Report on vaccination in Madras 1877-1894 - 1877-1894
Year: 1877
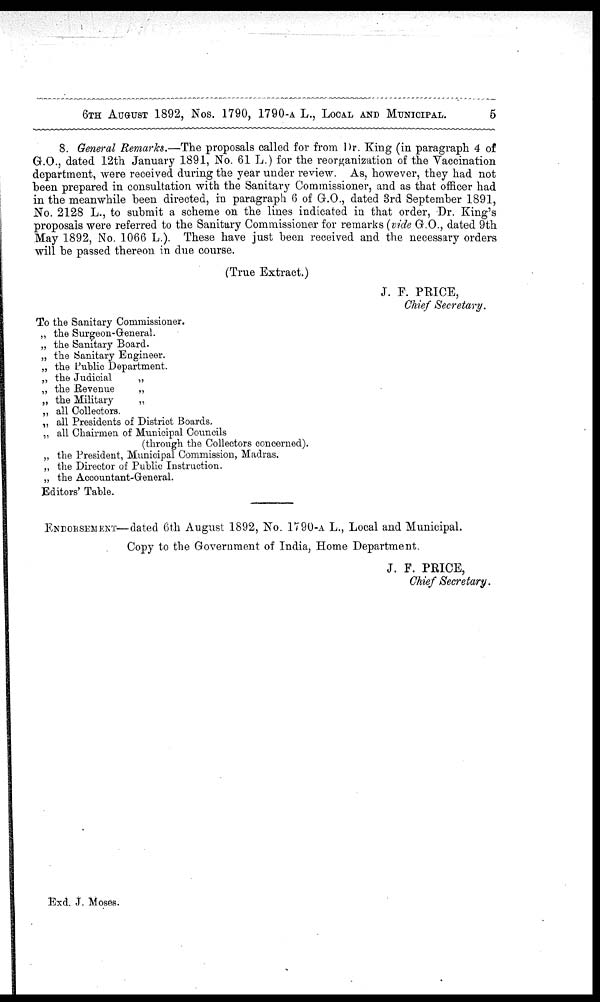
6TH AUGUST 1892, Nos. 1790, 1790-A L., LOCAL AND MUNICIPAL.
5
8. General Remarks.—The proposals called for from Dr. King (in paragraph 4 of
G.O., dated 12th January 1891, No. 61 L.) for the reorganization of the Vaccination
department, were received during the year under review. As, however, they had not
been prepared in consultation with the Sanitary Commissioner, and as that officer had
in the meanwhile been directed, in paragraph 6 of G.O., dated 3rd September 1891,
No. 2128 L., to submit a scheme on the lines indicated in that order, Dr. King's
proposals were referred to the Sanitary Commissioner for remarks (vide G.O., dated 9th
May 1892, No. 1066 L.). These have just been received and the necessary orders
will be passed thereon in due course.
(True Extract.)
J. F. PRICE,
Chief Secretary.
To the Sanitary Commissioner.
„ the Surgeon-General.
„ the Sanitary Board.
„ the Sanitary Engineer.
„ the Public Department.
„ the Judicial
„
„ the Revenue
„
„ the Military
„
„ all Collectors.
„ all Presidents of District Boards.
„ all Chairmen of Municipal Councils
(through the Collectors concerned).
„ the President, Municipal Commission, Madras.
„ the Director of Public Instruction.
„ the Accountant-General.
Editors' Table.
ENDORSEMANT—dated 6th August 1892, No. 1790-A L., Local and Municipal.
Copy to the Government of India, Home Department.
J. F. PRICE,
Chief Secretary.
Exd. J. Moses.